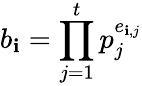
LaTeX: b_{\mathbf{i}}=\prod_{j=1}^{t}p_{j}^{e_{\mathbf{i},j}}